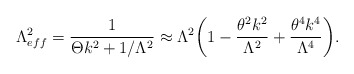
\begin{align*}\Lambda^2_{eff}=\frac{1}{\Theta k^2+1/\Lambda^2}\approx \Lambda^2\biggl(1-\frac{\theta^2k^2}{\Lambda^2}+\frac{\theta^4k^4}{\Lambda^4}\biggr).\end{align*}